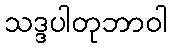
သဒ္ဒပါတုဘာဝါ